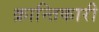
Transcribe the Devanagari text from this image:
क्रान्‍तिकारी